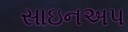
સાઇનઅપ